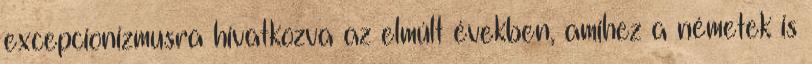
excepcionizmusra hivatkozva az elmúlt években, amihez a németek is